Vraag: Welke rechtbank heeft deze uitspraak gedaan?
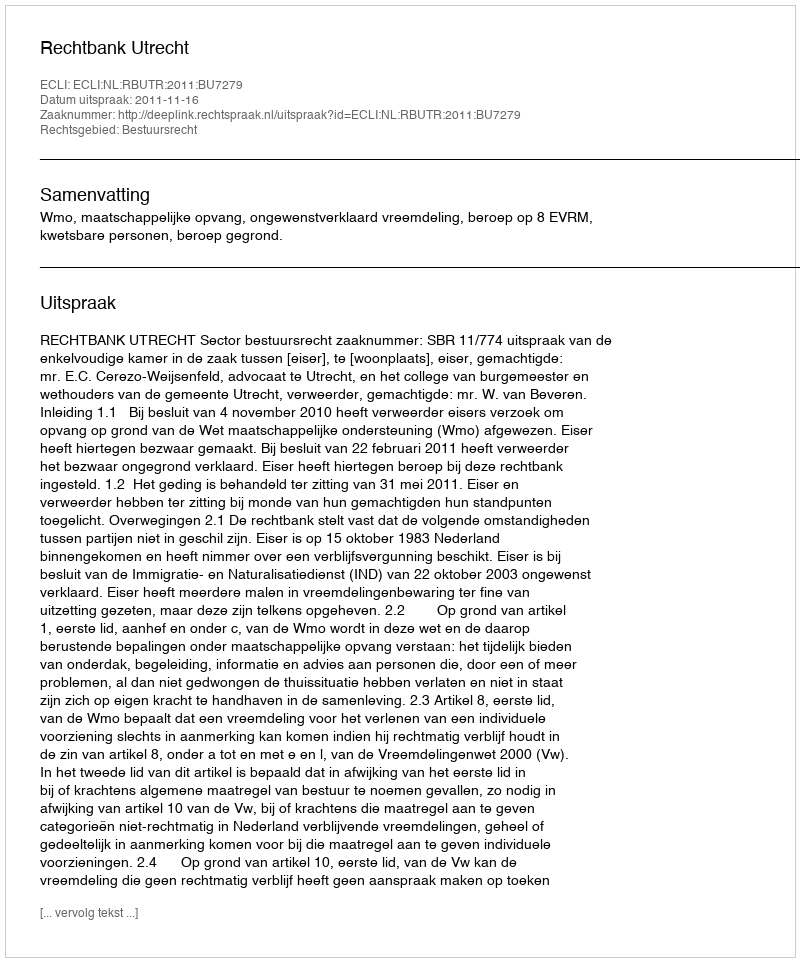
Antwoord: Rechtbank Utrecht